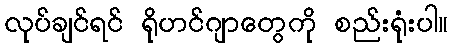
လုပ်ချင်ရင် ရိုဟင်ဂျာတွေကို စည်းရုံးပါ။